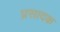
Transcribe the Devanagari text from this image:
प्रसादक